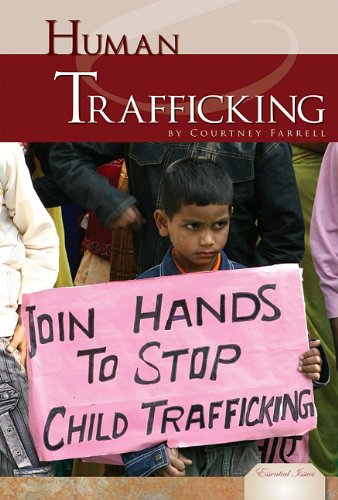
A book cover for Human Trafficking (Essential Issues); Courtney Farrell; Teen & Young Adult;